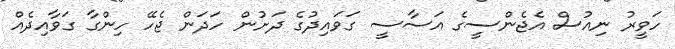
ހަވީރު ނިއުސް އެޖެންސީގެ އަސާސީ ގަވައިދުގެ ދަށުން ހަދަން ޖެހޭ ހިންގާ ގަވާއިދެއް